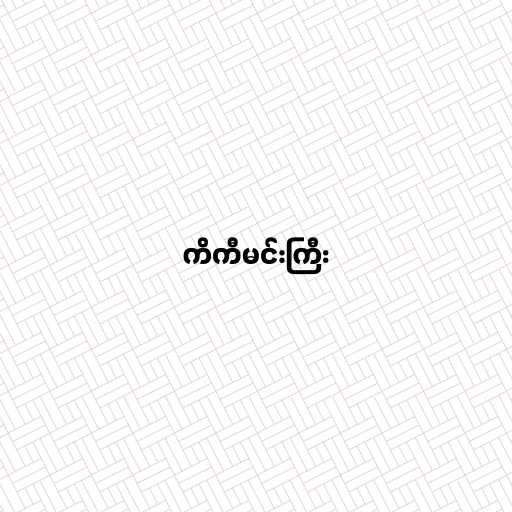
ကိကီမင်းကြီး